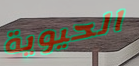
الحيوية